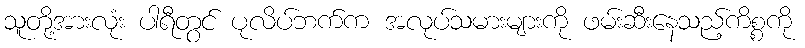
သူတို့အားလုံး ပါရီတွင် ပုလိပ်ဘက်က အလုပ်သမားများကို ဖမ်းဆီးနေသည့်ကိစ္စကို